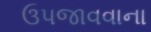
ઉપજાવવાના